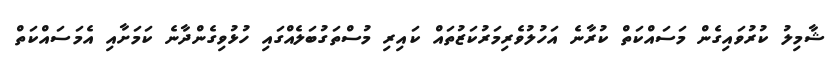
ޝާމިލު ކުރުވައިގެން މަސައްކަތް ކުރާނެ އަހުލުވެރިމަރުކަޒުތައް ކައިރި މުސްތަގުބަލެއްގައި ހުޅުވިގެންދާނެ ކަމަށާއި އެމަސައްކަތް